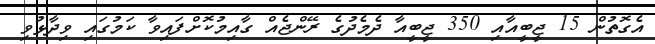
އެގޮތުން 15 ޖީބީއާއި 350 ޖީބީއާ ދެމެދުގެ ރޭންޖެއް ގާއިމުކޮށްފައިވާ ކަމުގައި ވިދާޅުވި